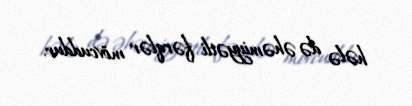
hələ də əhəmiyyətli fərqlər mövcuddur.